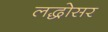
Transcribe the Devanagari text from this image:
लद्धोसर